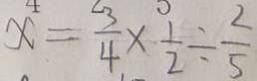
x = \frac { 3 } { 4 } \times \frac { 1 } { 2 } \div \frac { 2 } { 5 }